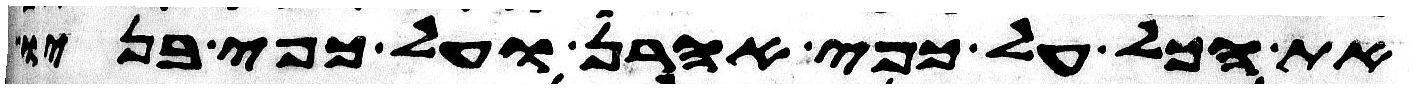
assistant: את הכל על כפי אהרן ועל כפי בניו